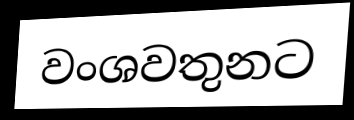
වංශවතුනට